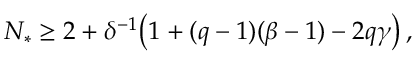
N _ { * } \geq 2 + \delta ^ { - 1 } \bigl ( 1 + ( q - 1 ) ( \beta - 1 ) - 2 q \gamma \bigr ) \, ,